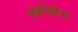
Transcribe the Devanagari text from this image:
अर्थकोश